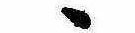
ゝ